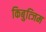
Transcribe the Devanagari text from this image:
किबुत्जिम